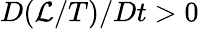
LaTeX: D(\mathcal{L}/T)/Dt>0